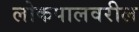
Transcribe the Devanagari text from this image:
लोकपालवरील